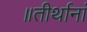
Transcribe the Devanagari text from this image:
॥तीर्थानां